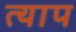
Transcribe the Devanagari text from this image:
त्याप